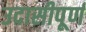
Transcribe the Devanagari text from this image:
उदासीपूर्ण